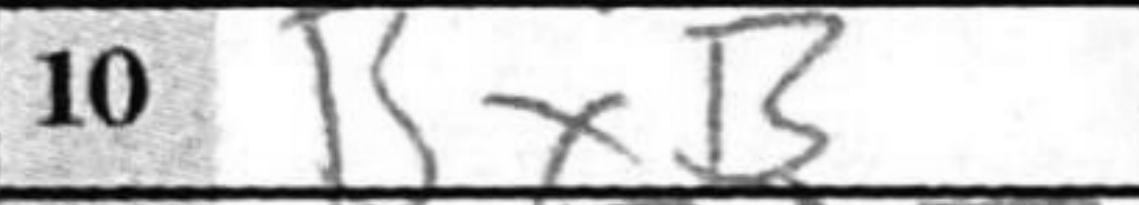
Transcription: BxB